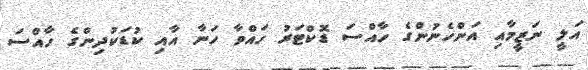
އަލީ ނަޒީމާއި އަންހެނުންގެ ހާއްސަ ޑޮކްޓަރު ހައްވާ ހަނާ އާއި ކުޑަކުދިންގެ ހާއްސަ